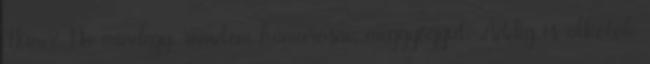
Hüm? Na mindegy, remélem hamarosan meggyógyul. Addig is alkotok